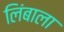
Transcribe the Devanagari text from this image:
लिंबाला